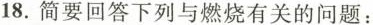
18.简要回答下列与燃烧有关的问题：